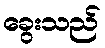
ခွေးသည်